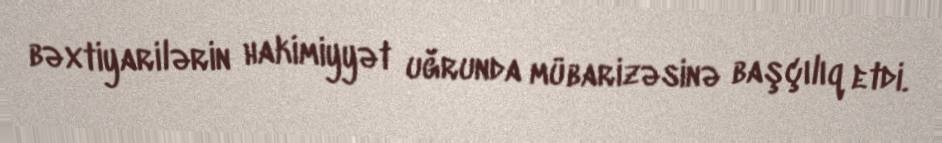
bəxtiyarilərin hakimiyyət uğrunda mübarizəsinə başçılıq etdi.